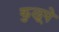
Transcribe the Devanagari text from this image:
कुलूपे